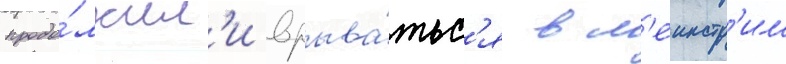
продо́лжил'и врыва́тьс'я в м'еинстр'им